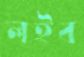
লইব